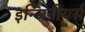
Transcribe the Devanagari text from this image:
इन्जिनीयर्स